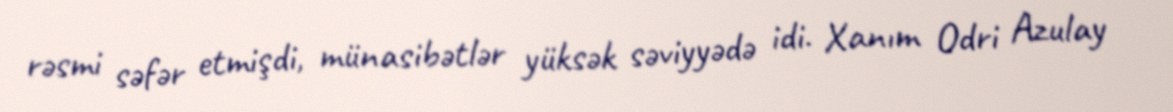
rəsmi səfər etmişdi, münasibətlər yüksək səviyyədə idi. Xanım Odri Azulay